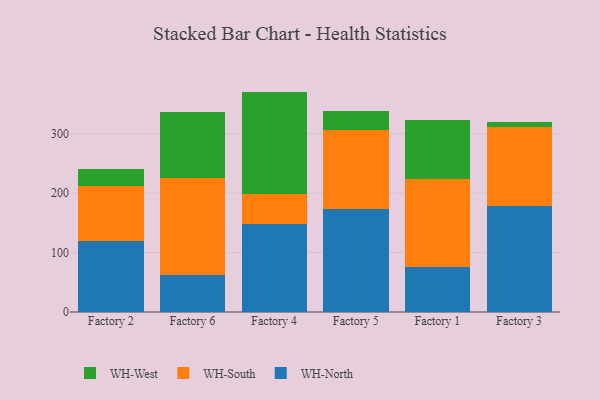
{"axis": {"x": "Factory", "y": "Waste Production (Tons)"}, "legend": ["WH-North", "WH-South", "WH-West"], "data": [{"x": "Factory 2", "y": 120.3, "type": "WH-North"}, {"x": "Factory 2", "y": 91.6, "type": "WH-South"}, {"x": "Factory 2", "y": 28.1, "type": "WH-West"}, {"x": "Factory 6", "y": 62.3, "type": "WH-North"}, {"x": "Factory 6", "y": 162.5, "type": "WH-South"}, {"x": "Factory 6", "y": 111.5, "type": "WH-West"}, {"x": "Factory 4", "y": 148.7, "type": "WH-North"}, {"x": "Factory 4", "y": 50.5, "type": "WH-South"}, {"x": "Factory 4", "y": 171.9, "type": "WH-West"}, {"x": "Factory 5", "y": 173.8, "type": "WH-North"}, {"x": "Factory 5", "y": 133.2, "type": "WH-South"}, {"x": "Factory 5", "y": 31.3, "type": "WH-West"}, {"x": "Factory 1", "y": 75.5, "type": "WH-North"}, {"x": "Factory 1", "y": 149.0, "type": "WH-South"}, {"x": "Factory 1", "y": 98.4, "type": "WH-West"}, {"x": "Factory 3", "y": 178.7, "type": "WH-North"}, {"x": "Factory 3", "y": 133.1, "type": "WH-South"}, {"x": "Factory 3", "y": 8.3, "type": "WH-West"}]}